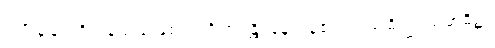
ကျိုးနွံခြင်းရှိကုန်သည်ဖြစ်၍။ ဝိဟရန္တိ၊ နေကုန်၏။ သမာဓိသ္မိံ၊ သမာဓိ၌။